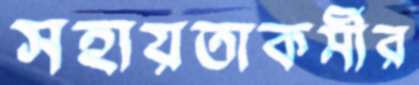
সহায়তাকর্মীর